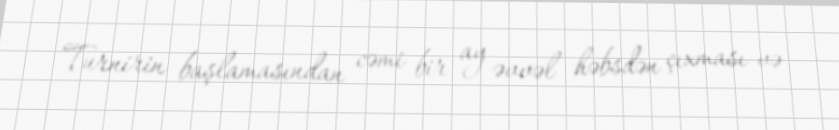
Turnirin başlamasından cəmi bir ay əvvəl həbsdən çıxması və